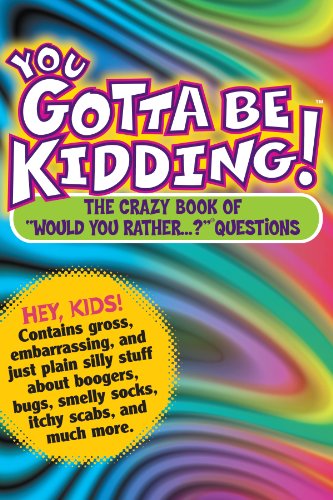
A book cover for You Gotta be Kidding! The Crazy Book of "Would you Rather" Questions; Randy Horn; Humor & Entertainment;